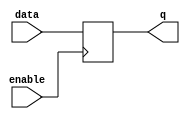
module enable_latch (
    input enable,
    input data,
    output reg q
);

always @ (posedge enable)
begin
    if (enable)
        q <= data;
end

endmodule